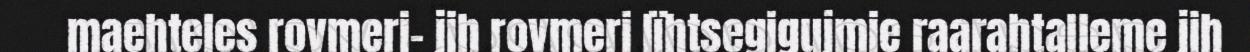
maehteles rovmeri- jih rovmeri lïhtsegigujmie raarahtalleme jih